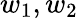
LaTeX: w_{1},w_{2}